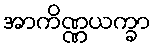
အာကိဏ္ဏယက္ခာ